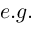
e . g .